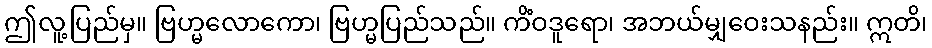
ဤလူ့ပြည်မှ။ ဗြဟ္မလောကော၊ ဗြဟ္မပြည်သည်။ ကိံဝဒူရော၊ အဘယ်မျှဝေးသနည်း။ ဣတိ၊